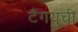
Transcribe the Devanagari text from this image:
टैंगयुची